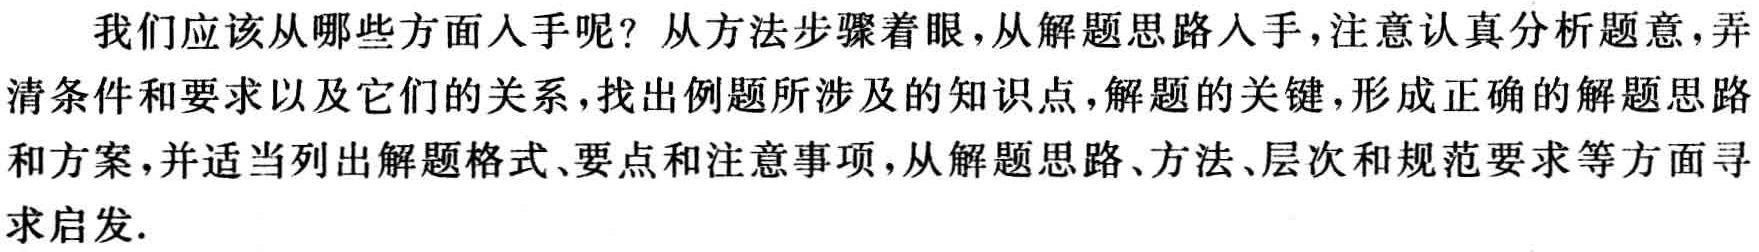
我们应该从哪些方面人手呢？从方法步骤着眼，从解题思路人手，注意认真分析题意，弄清条件和要求以及它们的关系，找出例题所涉及的知识点，解题的关键，形成正确的解题思路和方案，并适当列出解题格式、要点和注意事项，从解题思路、方法、层次和规范要求等方面寻求启发.